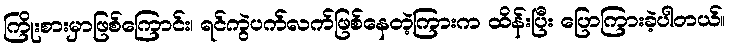
ကြိုးစားမှာဖြစ်ကြောင်း၊ ရင်ကွဲပက်လက်ဖြစ်နေတဲ့ကြားက ထိန်းပြီး ပြောကြားခဲ့ပါတယ်။